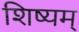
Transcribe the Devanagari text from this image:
शिष्यम्